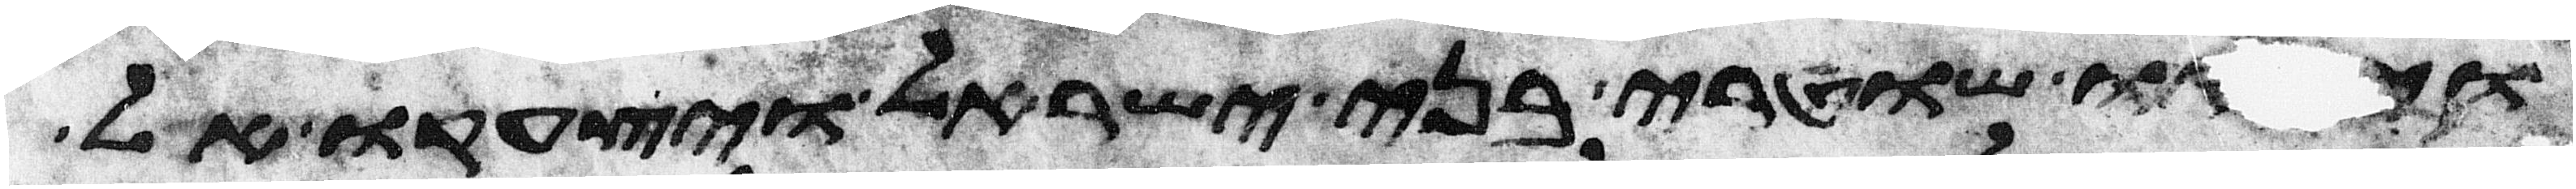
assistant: ויבאו שוטרי בני ישראל ויצעקו אל